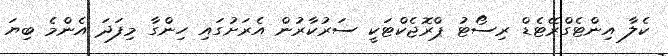
ކެލާ އިންޓެގްރޭޓެޑް ރިސޯޓު ޕްރޮޖެކްޓަކީ ސަރުކާރުން އެރަށުގައި ހިންގާ މިފަދަ އެންމެ ބިޔަ